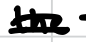
Text: the
Cross-out: mix
Writing tool: digital_black